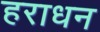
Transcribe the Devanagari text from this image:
हराधन